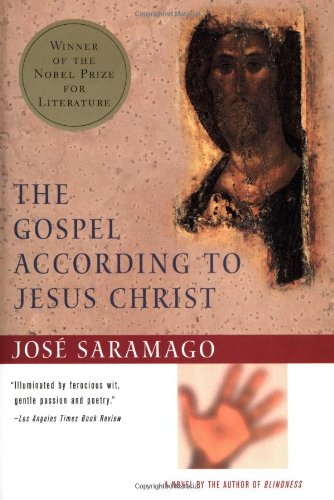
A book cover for The Gospel According to Jesus Christ; Jose Saramago; Religion & Spirituality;